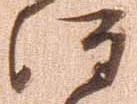
注